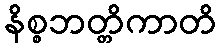
နိစ္စဘတ္တိကာတိ